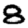
Digit: 8